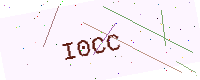
Text: I0CC